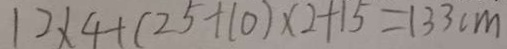
1 2 \times 4 + ( 2 5 + 1 0 ) \times 2 + 1 5 = 1 3 3 c m